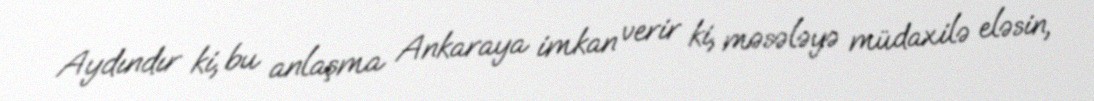
Aydındır ki, bu anlaşma Ankaraya imkan verir ki, məsələyə müdaxilə eləsin,